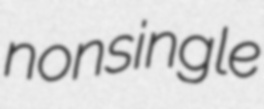
nonsingle